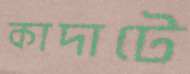
কাদাটে